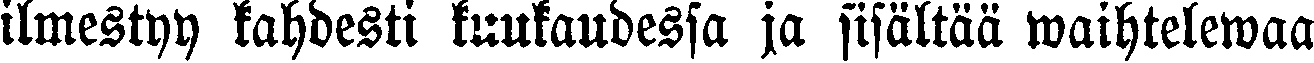
ilmestyy kahdesti kuukaudessa ja sisältää waihtelewaa